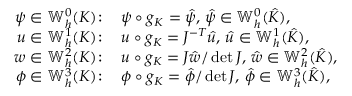
\begin{array} { r l } { \psi \in \mathbb { W } _ { h } ^ { 0 } ( K ) \! : \, } & { \psi \circ g _ { K } = \hat { \psi } , \, \hat { \psi } \in \mathbb { W } _ { h } ^ { 0 } ( \hat { K } ) , } \\ { u \in \mathbb { W } _ { h } ^ { 1 } ( K ) \! : \, } & { u \circ g _ { K } = J ^ { - T } \hat { u } , \, \hat { u } \in \mathbb { W } _ { h } ^ { 1 } ( \hat { K } ) , } \\ { w \in \mathbb { W } _ { h } ^ { 2 } ( K ) \! : \, } & { u \circ g _ { K } = J \hat { w } / \operatorname* { d e t } J , \, \hat { w } \in \mathbb { W } _ { h } ^ { 2 } ( \hat { K } ) , } \\ { \phi \in \mathbb { W } _ { h } ^ { 3 } ( K ) \! : \, } & { \phi \circ g _ { K } = \hat { \phi } / \operatorname* { d e t } J , \, \hat { \phi } \in \mathbb { W } _ { h } ^ { 3 } ( \hat { K } ) , } \end{array}